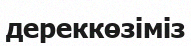
дереккөзіміз